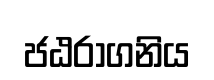
ජඨරාගනිය